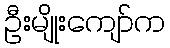
ဦးမျိုးကျော်က